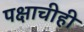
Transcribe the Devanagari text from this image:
पक्षाचीही